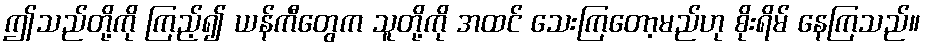
ဤသည်တို့ကို ကြည့်၍ ယန်ကီတွေက သူတို့ကို အထင် သေးကြတော့မည်ဟု စိုးရိမ် နေကြသည်။